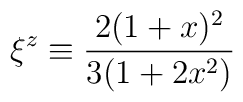
\xi^z\equiv \frac{2 (1 + x)^2}{3 (1 + 2 x^2)}